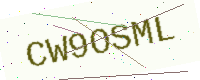
Text: CW9OSML